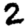
Digit: 2